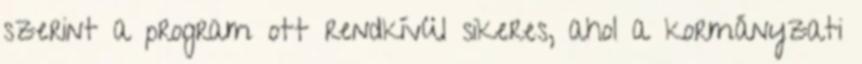
szerint a program ott rendkívül sikeres, ahol a kormányzati